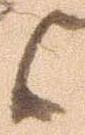
候